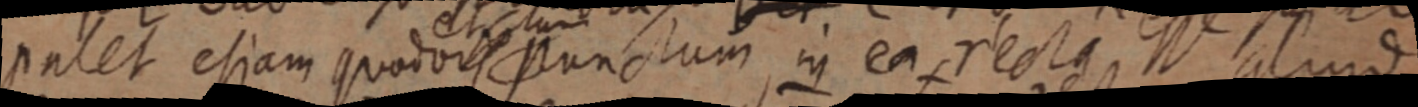
patet etiam quodvis punctum, in ea recta, aliud